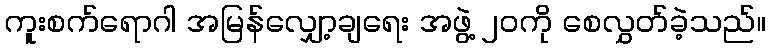
ကူးစက်ရောဂါ အမြန်လျှော့ချရေး အဖွဲ့ ၂၀ကို စေလွှတ်ခဲ့သည်။